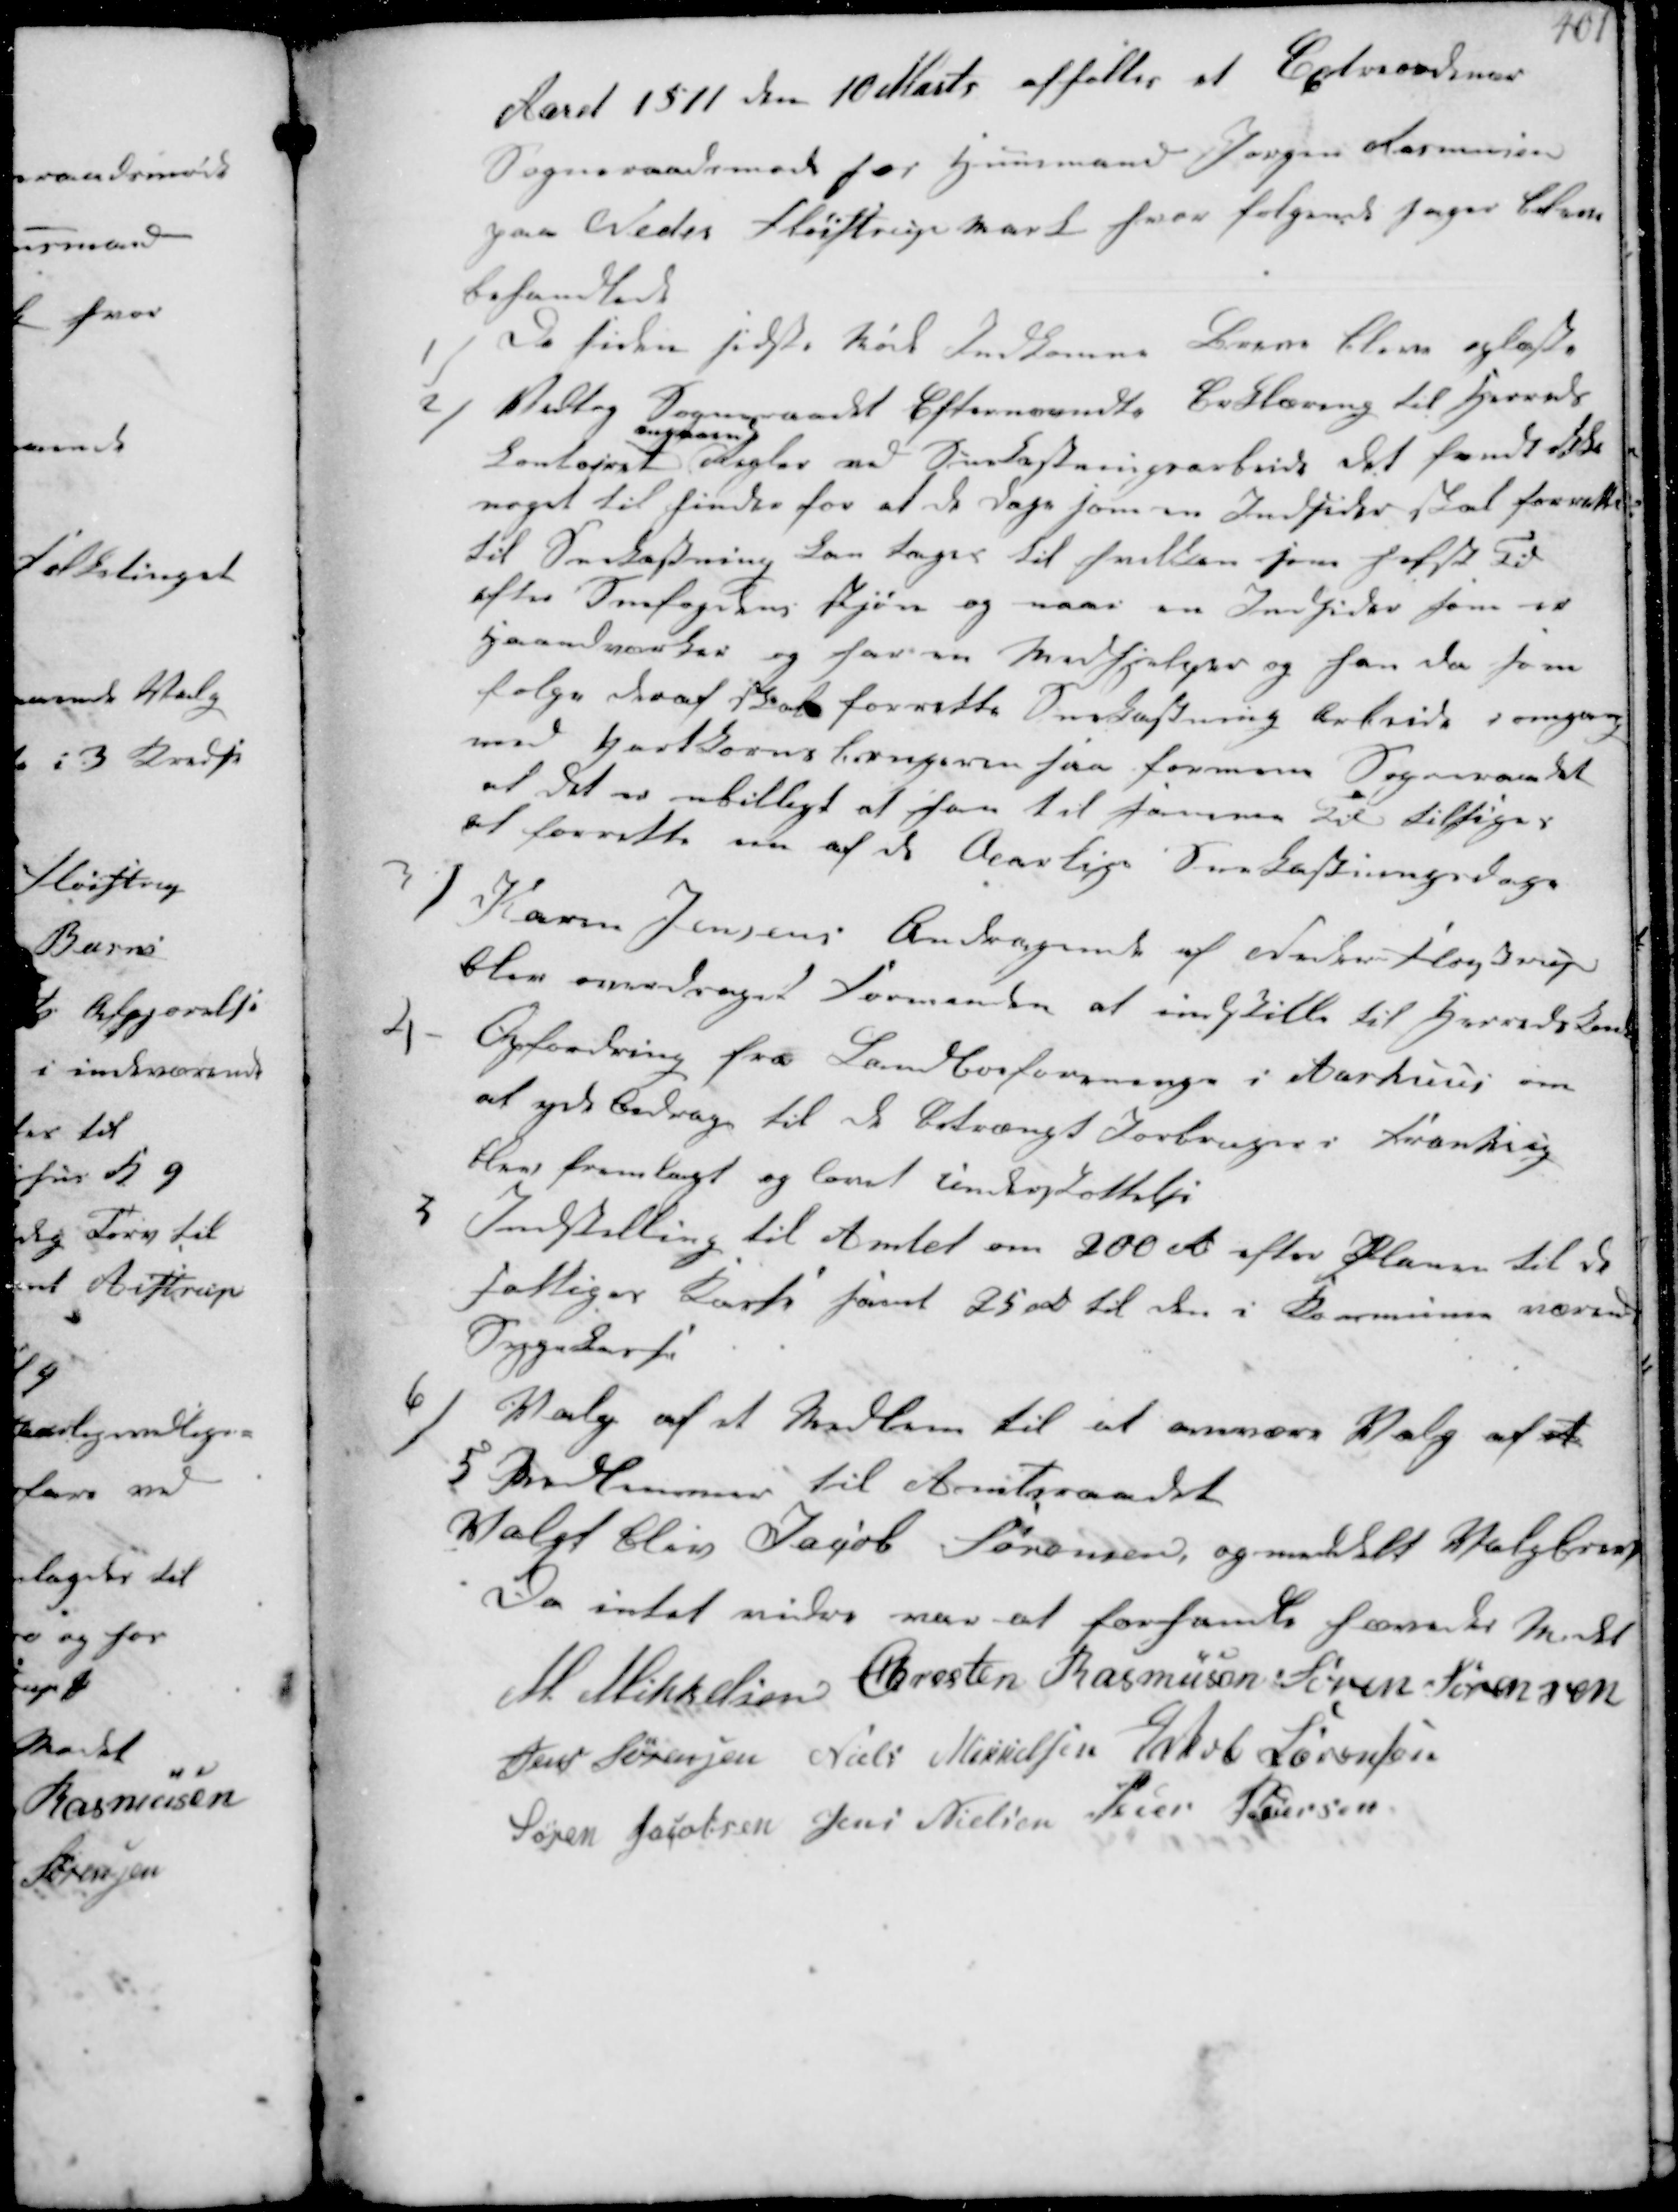
Transskription:
Aaret 1811 den 10 Marts afholtes et Extraordinær
Sogneraadsmøde hos Huusmand Jørgen Rasmussen
paa Neder Fløistrup Mark hvor følgende Sager blev
behandlede

1
De siden sidste Møde indkomne Breve bleve oplæste
2
vedtog Sogneraaret efternævnte Erklæring til Herreds-
kontoret
angaaende
Regler ved Snekastningsarbeide det fandt ikke
noget til hinder for at de Dage som en Indsider skal forrette
til Snekastning kan tages til hvilken som helst Tid
efter Snefogdens Skjøn og naar en Indsider som er
Haandværker og har en Medhjelper og han da som
følge deraf skal forrette Snekastning arbeide i omgang
med Hartkornsbrugeren saa formener Sogneraadet
at det er ubilligt at han til samme Tid Tilsiges
at forrette en af de Aarlig Snekastningsdage
3
Karen Jensens Andragende af Neder Fløjstrup
blev overdraget Formanden at indstille til Herredskont
4
Opfordring fra Landboforeningen i Aarhuus om
at yde Bidrag til de betrængt Jorbruger i Frankrig
blev fremlagt og lovet Understøttelse
5
Indstilling til Amtet om 200 Rd efter Planen til de
Fattiges Kasse samt 25 rd til den i Kommunen værende 
Sygekasse
6/
Valg af et Medlem til at overvære Valg af et
5 Medlemmer til Amtsraadet
Valgt blev Jacob Sørensen, og meddelt Valgbrev,
Da intet videre var at forhandle hævedes Mødet
M Mikkelsen Chresten Rasmussen Søren Sørensen
Jens Sørensen Niels Mikkelsen Jacob Sørensen
Søren Jacobsen Jens Nielsen Peder Pedersen